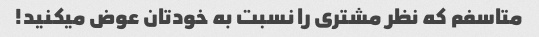
متاسفم که نظر مشتری را نسبت به خودتان عوض میکنید!